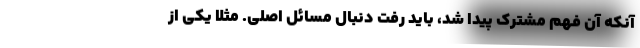
آنکه آن فهم مشترک پیدا شد، باید رفت دنبال مسائل اصلی. مثلاً یکی از